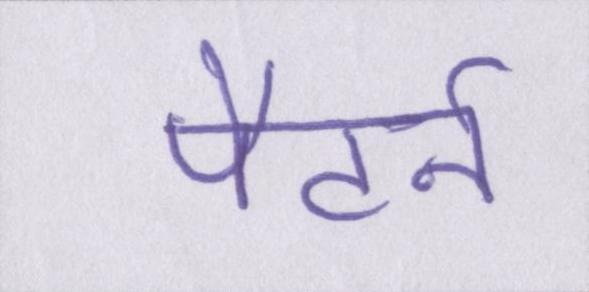
पैटर्न